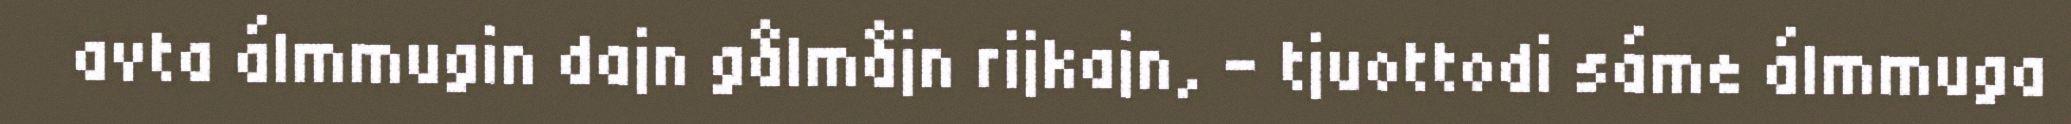
avta álmmugin dajn gålmåjn rijkajn, - tjuottodi sáme álmmuga